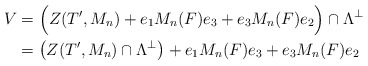
\begin{align*} V &= \Big( Z(T',M_n)+e_1 M_n(F) e_3 + e_3 M_n(F) e_2\Big) \cap \Lambda^\perp \\ &=\left( Z(T',M_n)\cap \Lambda^\perp\right)+ e_1 M_n(F) e_3 + e_3 M_n(F) e_2\end{align*}